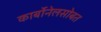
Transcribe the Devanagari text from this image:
कार्बोनेलसोबत